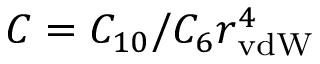
C = C _ { 1 0 } / C _ { 6 } r _ { \mathrm { v d W } } ^ { 4 }